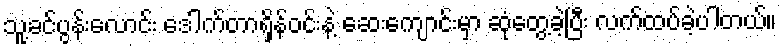
သူ့ခင်ပွန်းလောင်း ဒေါက်တာရှိန်ဝင်းနဲ့ ဆေးကျောင်းမှာ ဆုံတွေ့ခဲ့ပြီး လက်ထပ်ခဲ့ပါတယ်။